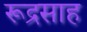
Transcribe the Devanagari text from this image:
रूद्रसाह